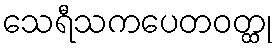
သေရီသကပေတဝတ္ထု